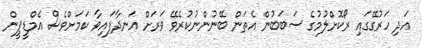
އަދި ހަރުގޭގައި ރޯކޮށްލުމުގެ ސަބަބުން އެތަން ބޭނުންނުކުރެވޭ ވަރަށް އަނދާފައިވާ ކަމަށްވެސް އެމްޑީޕީން